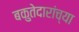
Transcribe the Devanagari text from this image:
बकुतेदारांच्या